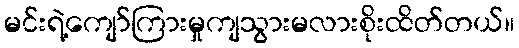
မင်းရဲ့ကျော်ကြားမှုကျသွားမလားစိုးထိတ်တယ်။